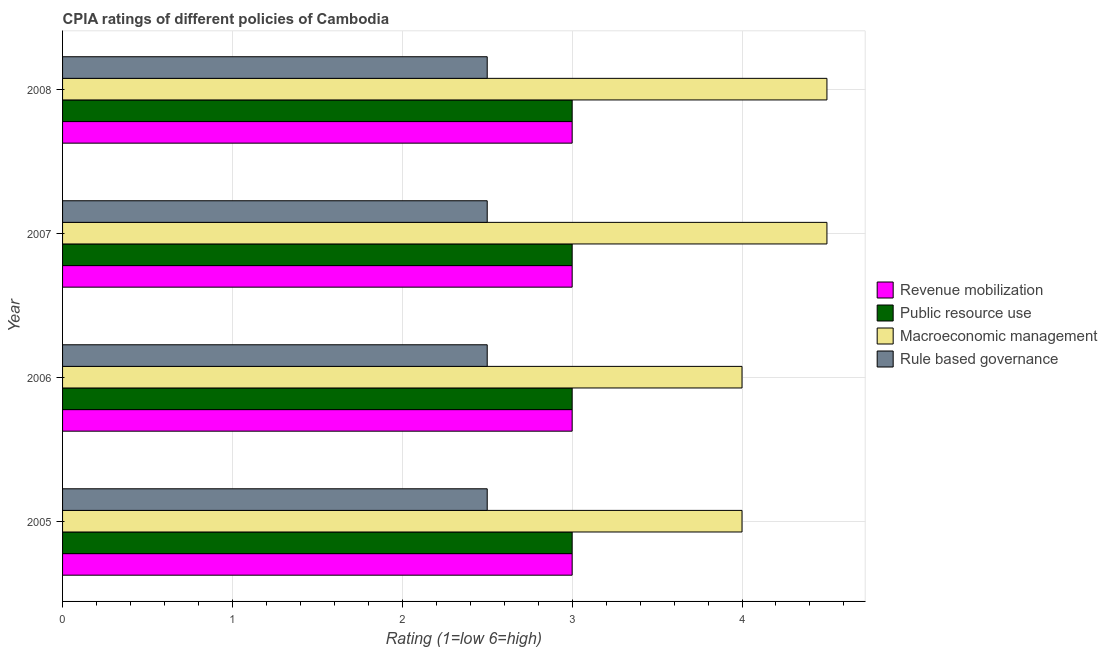
| Year | Revenue mobilization | Public resource use | Macroeconomic management | Rule based governance |
 | --- | --- | --- | --- | --- |
 | 2005 | 3 | 3 | 4 | 2.5 |
 | 2006 | 3 | 3 | 4 | 2.5 |
 | 2007 | 3 | 3 | 4.5 | 2.5 |
 | 2008 | 3 | 3 | 4.5 | 2.5 |